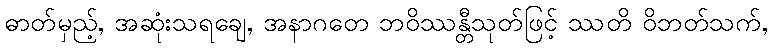
ဓာတ်မှည့်, အဆုံးသရချေ, အနာဂတေ ဘဝိဿန္တီသုတ်ဖြင့် ဿတိ ဝိဘတ်သက်,